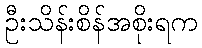
ဦးသိန်းစိန်အစိုးရက